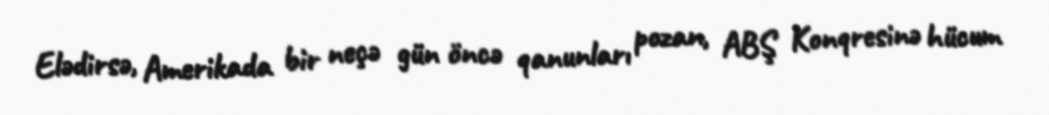
Elədirsə, Amerikada bir neçə gün öncə qanunları pozan, ABŞ Konqresinə hücum